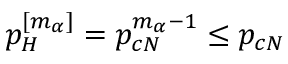
p _ { H } ^ { [ m _ { \alpha } ] } = p _ { c N } ^ { m _ { \alpha } - 1 } \leq p _ { c N }